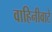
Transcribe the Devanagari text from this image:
वाहिनीवाटे